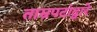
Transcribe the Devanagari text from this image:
ताम्रपटांद्वारे